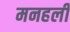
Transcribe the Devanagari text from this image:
मनहली